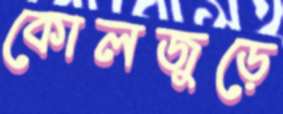
কোলজুড়ে